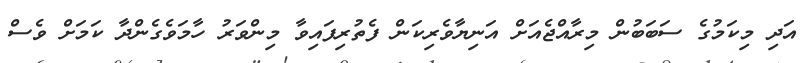
އަދި މިކަމުގެ ސަބަބުން މިރާއްޖެއަށް އަނިޔާވެރިކަން ފެތުރިފައިވާ މިންވަރު ހާމަވެގެންދާ ކަމަށް ވެސް